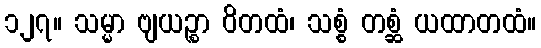
၁၂၇။ သမ္မာ ဗျယဉ္စာ ဝိတထံ၊ သစ္စံ တစ္ဆံ ယထာတထံ။